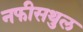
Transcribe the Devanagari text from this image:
नफीसथुल